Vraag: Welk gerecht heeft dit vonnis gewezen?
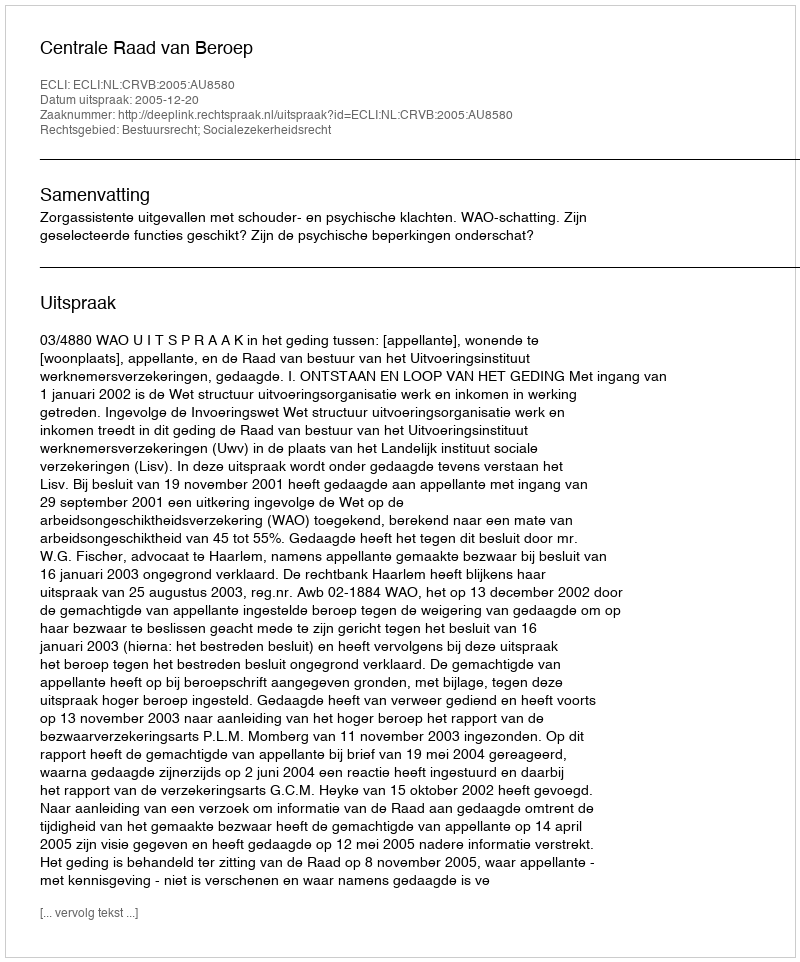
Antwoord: Centrale Raad van Beroep